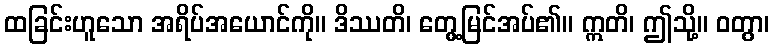
ထခြင်းဟူသော အရိပ်အယောင်ကို။ ဒိဿတိ၊ တွေ့မြင်အပ်၏။ ဣတိ၊ ဤသို့။ ဝတွာ၊